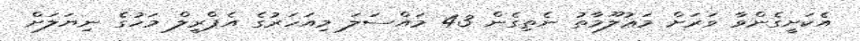
އެކަށީގެންވާ ވަރަށް މަޢުލޫމާތު ނެތިގެން 43 މައްސަލަ މިއަހަރުގެ އެޕްރީލް މަހުގެ ނިޔަލަށް